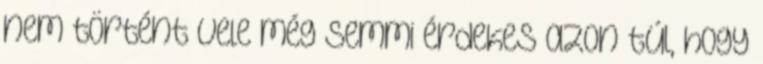
nem történt vele még semmi érdekes azon túl, hogy